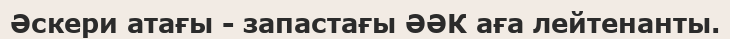
Әскери атағы - запастағы ӘӘК аға лейтенанты.